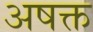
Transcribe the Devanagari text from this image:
अषक्त